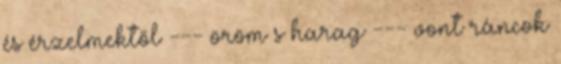
és érzelmektől --- öröm s harag --- vont ráncok